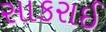
સાકરાઈ